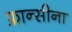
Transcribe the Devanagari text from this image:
फ्रान्सीना